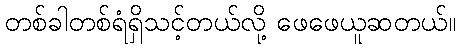
တစ်ခါတစ်ရံရှိသင့်တယ်လို့ ဖေဖေယူဆတယ်။